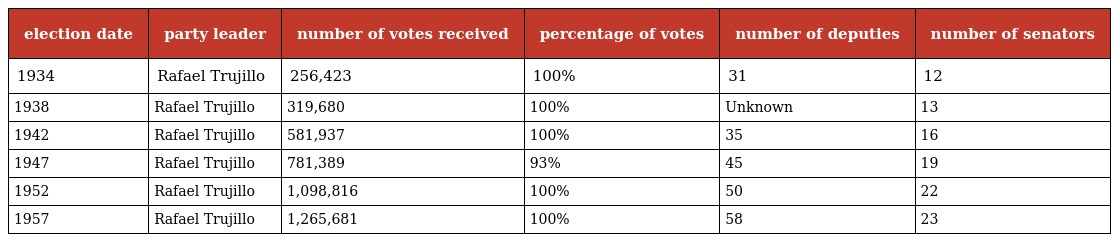
| election date | party leader | number of votes received | percentage of votes | number of deputies | number of senators |
 | --- | --- | --- | --- | --- | --- |
 | 1934 | Rafael Trujillo | 256,423 | 100% | 31 | 12 |
 | 1938 | Rafael Trujillo | 319,680 | 100% | Unknown | 13 |
 | 1942 | Rafael Trujillo | 581,937 | 100% | 35 | 16 |
 | 1947 | Rafael Trujillo | 781,389 | 93% | 45 | 19 |
 | 1952 | Rafael Trujillo | 1,098,816 | 100% | 50 | 22 |
 | 1957 | Rafael Trujillo | 1,265,681 | 100% | 58 | 23 |